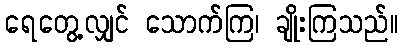
ရေတွေ့လျှင် သောက်ကြ၊ ချိုးကြသည်။